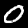
Label: 0